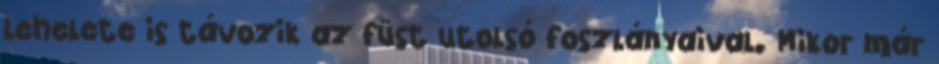
lehelete is távozik az füst utolsó foszlányaival. Mikor már